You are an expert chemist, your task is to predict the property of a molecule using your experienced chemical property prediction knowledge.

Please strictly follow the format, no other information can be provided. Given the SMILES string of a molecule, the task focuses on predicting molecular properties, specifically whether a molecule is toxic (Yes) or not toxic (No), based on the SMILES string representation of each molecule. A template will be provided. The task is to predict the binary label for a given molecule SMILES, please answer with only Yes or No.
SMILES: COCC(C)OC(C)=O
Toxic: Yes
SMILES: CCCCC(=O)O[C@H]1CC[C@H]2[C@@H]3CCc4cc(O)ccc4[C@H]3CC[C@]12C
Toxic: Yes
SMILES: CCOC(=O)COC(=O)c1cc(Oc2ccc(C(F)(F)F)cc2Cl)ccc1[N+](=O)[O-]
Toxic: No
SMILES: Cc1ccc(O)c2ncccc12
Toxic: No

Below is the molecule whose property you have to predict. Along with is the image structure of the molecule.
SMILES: [Hg+2]
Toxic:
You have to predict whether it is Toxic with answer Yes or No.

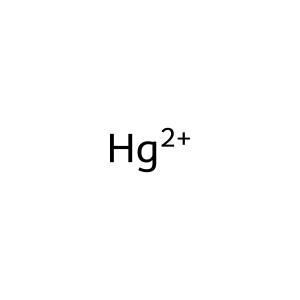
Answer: No